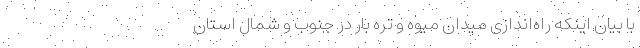
با بیان اینکه راه‌اندازی میدان میوه و تره بار در جنوب و شمال استان